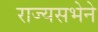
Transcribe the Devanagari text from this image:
राज्यसभेने